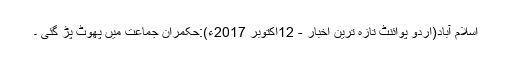
اسلام آباد(اردو پوائنٹ تازہ ترین اخبار - 12اکتوبر 2017ء):حکمران جماعت میں پھوٹ پڑ گئی ۔